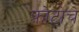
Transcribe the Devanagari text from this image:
फ़ोटोचे